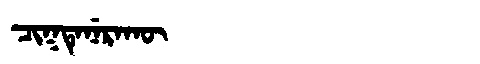
Manchu: ᠴᡳᡴᡨᡝᠨᡝᡵᠠᡴᡡ
Romanization: CIKTENERAKŪ